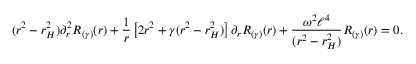
( r ^ { 2 } - r _ { H } ^ { 2 } ) \partial _ { r } ^ { 2 } R _ { ( \gamma ) } ( r ) + \frac { 1 } { r } \left[ 2 r ^ { 2 } + \gamma ( r ^ { 2 } - r _ { H } ^ { 2 } ) \right] \partial _ { r } R _ { ( \gamma ) } ( r ) + \frac { \omega ^ { 2 } \ell ^ { 4 } } { ( r ^ { 2 } - r _ { H } ^ { 2 } ) } R _ { ( \gamma ) } ( r ) = 0 .